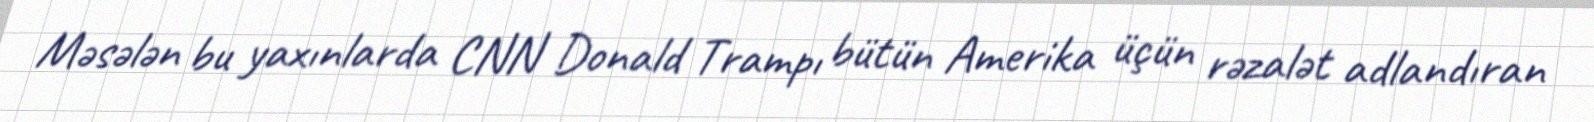
Məsələn bu yaxınlarda CNN Donald Trampı bütün Amerika üçün rəzalət adlandıran